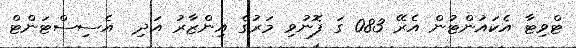
ޓްވިޓާ އެކައުންޓުން އެރޭ 083 ގަ ފޮނުވި މަރުގެ އިންޒާރު އަދި  އެސިސްޓަންޓް